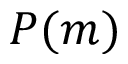
P ( m )